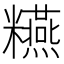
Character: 𥽫